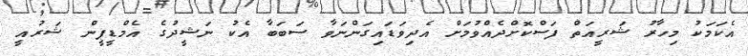
އެކަމަކު މިހާރު ޝަރީއަތް ފަސްކޮށްދެއްވުމަށް އެދިވަޑައިގަންނަވާ ސަބަބާ އެކު ނަޝީދުގެ އެމްޑީޕީން ޝަރުއީ